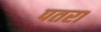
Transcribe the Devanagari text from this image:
पतरा